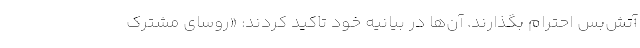
آتش‌بس احترام بگذارند. آن‌ها در بیانیه خود تاکید کردند: «روسای مشترک